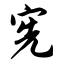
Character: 宪